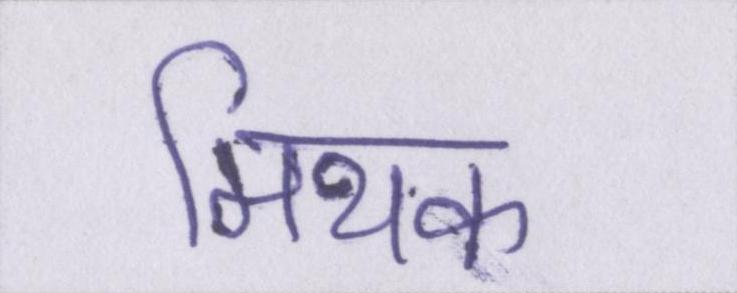
मिथक